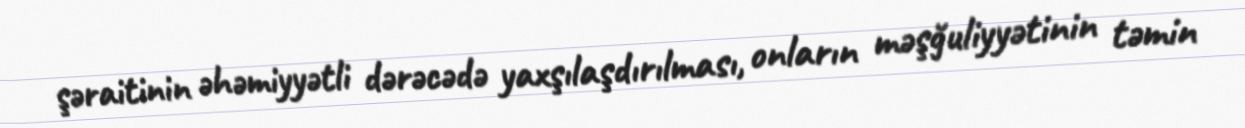
şəraitinin əhəmiyyətli dərəcədə yaxşılaşdırılması, onların məşğuliyyətinin təmin